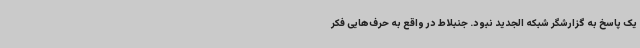
یک پاسخ به گزارشگر شبکه الجدید نبود. جنبلاط در واقع به حرف‌هایی فکر